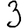
Digit: 3